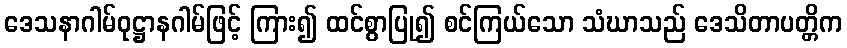
ဒေသနာဂါမ်ဝုဋ္ဌာနဂါမ်ဖြင့် ကြား၍ ထင်စွာပြု၍ စင်ကြယ်သော သံဃာသည် ဒေသိတာပတ္တိက